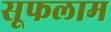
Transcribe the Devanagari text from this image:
सूफलाम